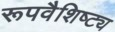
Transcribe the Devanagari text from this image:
रूपवैशिष्ट्य